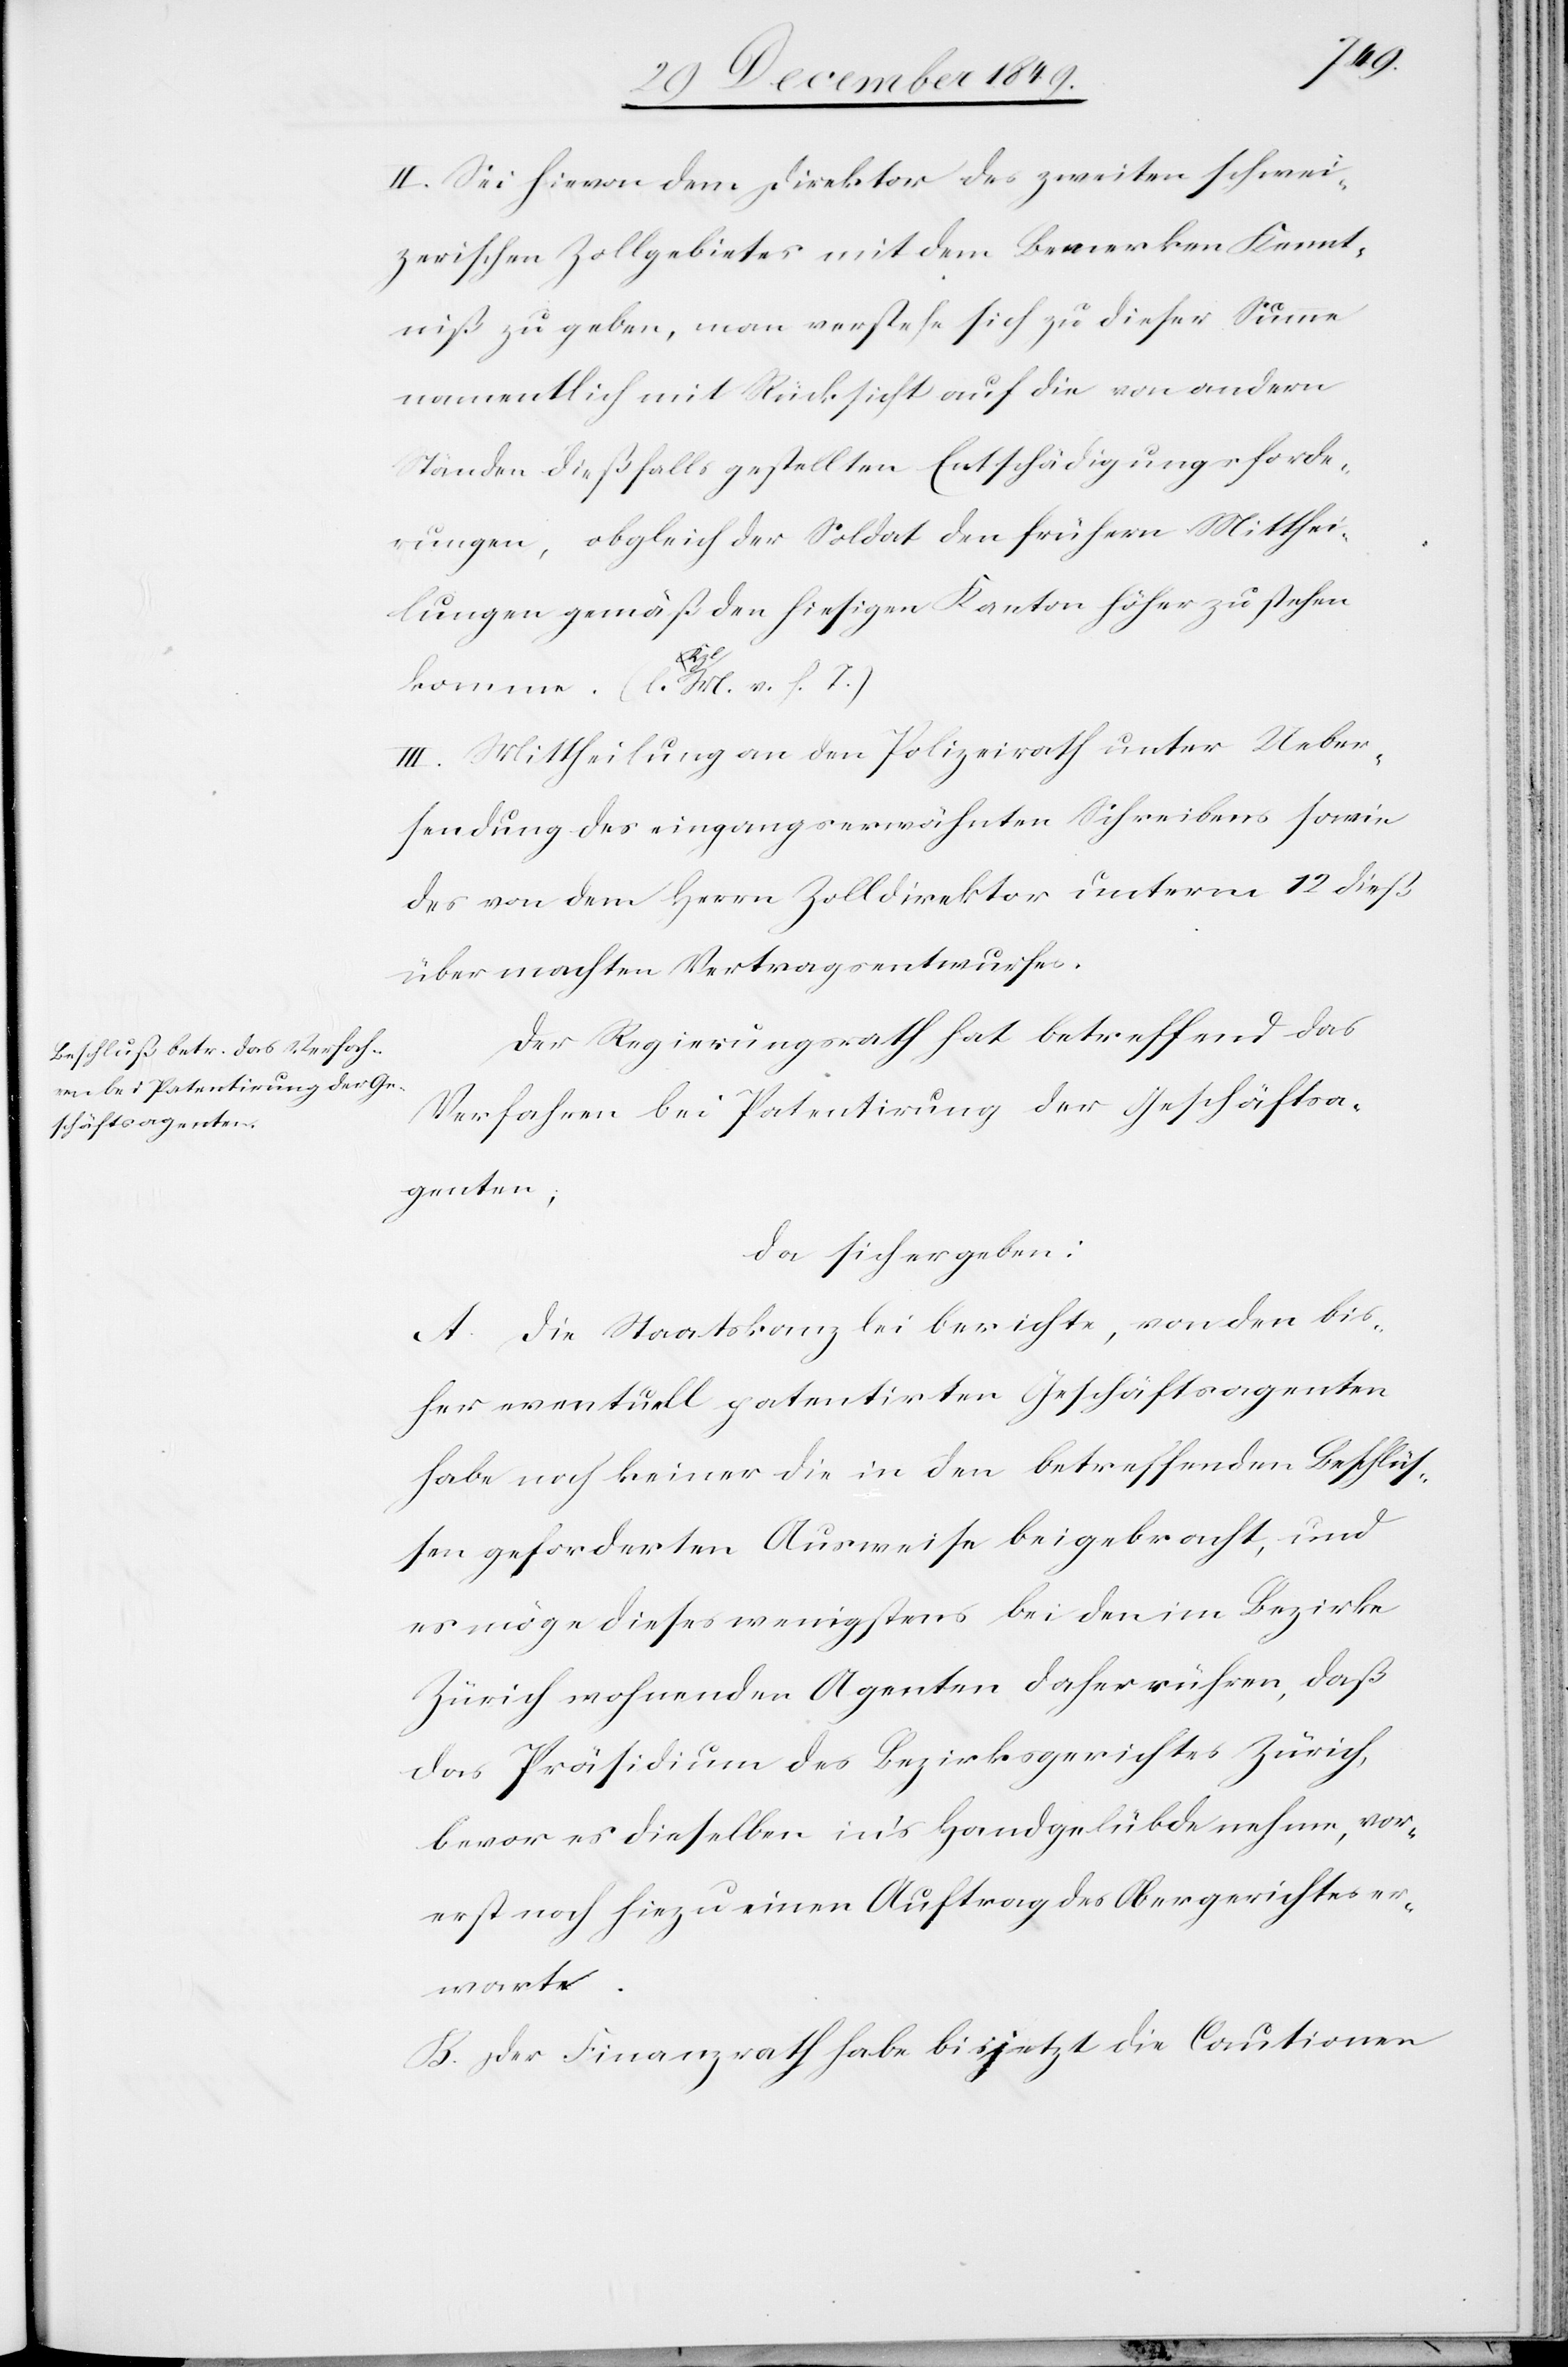
II. Sei hievon dem Direktor des zweiten schwei¬
zerischen Zollgebietes mit dem Bemerken Kennt¬
niß zu geben, man verstehe sich zu dieser Summe
namentlich mit Rücksicht auf die von andern
Ständen dießfalls gestellten Entschädigungsforde¬
rungen, obgleich der Soldat den frühern Mitthei¬
lungen gemäß den hiesigen Kanton höher zu stehen
komme. [l. Kzl. M. v. h. T]
Der Regierungsrath hat betreffend das
Verfahren bei Patentirung der Geschäftsa¬
genten,
da sich ergeben:
A. Die Staatskanzlei berichte, von den bis¬
herigen eventuell patentirten Geschäftsagenten
habe noch keiner die in den betreffenden Beschlüß¬
en geforderten Ausweise beigebracht, und
es möge dieses wenigstens bei den im Bezirke
Zürich wohnenden Agenten daher rühren, daß
das Präsidium des Bezirksgerichtes Zürich,
bevor es dieselben in’s Handgelübde nehme, vor¬
erst noch hiezu einen Auftrag des Obergerichtes er¬
warte.
B. Der Finanzrath habe bis jetzt die Cautionen